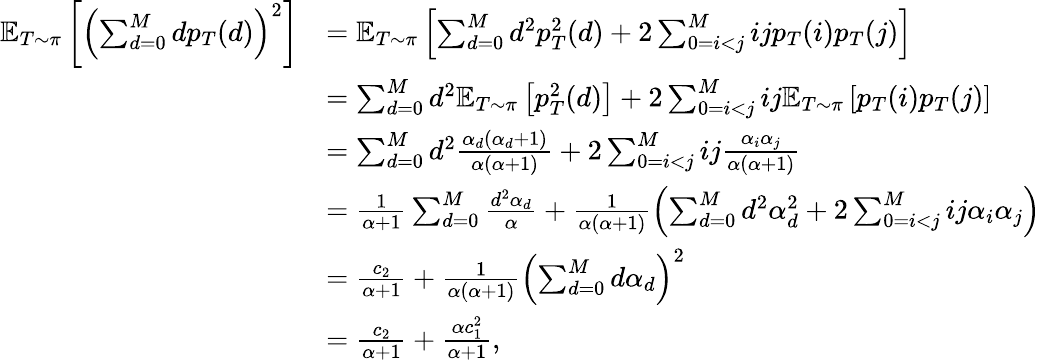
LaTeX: \begin{array}{rl}{\mathbb{E}_{T\sim\pi}\left[\left(\sum_{d=0}^{M}dp_{T}(d)\right)^{2}\right]}&{=\mathbb{E}_{T\sim\pi}\left[\sum_{d=0}^{M}d^{2}p_{T}^{2}(d)+2\sum_{0=i<j}^{M}ijp_{T}(i)p_{T}(j)\right]}\\ &{=\sum_{d=0}^{M}d^{2}\mathbb{E}_{T\sim\pi}\left[p_{T}^{2}(d)\right]+2\sum_{0=i<j}^{M}ij\mathbb{E}_{T\sim\pi}\left[p_{T}(i)p_{T}(j)\right]}\\ &{=\sum_{d=0}^{M}d^{2}\frac{\alpha_{d}\left(\alpha_{d}+1\right)}{\alpha\left(\alpha+1\right)}+2\sum_{0=i<j}^{M}ij\frac{\alpha_{i}\alpha_{j}}{\alpha\left(\alpha+1\right)}}\\ &{=\frac{1}{\alpha+1}\sum_{d=0}^{M}\frac{d^{2}\alpha_{d}}{\alpha}+\frac{1}{\alpha\left(\alpha+1\right)}\left(\sum_{d=0}^{M}d^{2}\alpha_{d}^{2}+2\sum_{0=i<j}^{M}ij\alpha_{i}\alpha_{j}\right)}\\ &{=\frac{c_{2}}{\alpha+1}+\frac{1}{\alpha\left(\alpha+1\right)}\left(\sum_{d=0}^{M}d\alpha_{d}\right)^{2}}\\ &{=\frac{c_{2}}{\alpha+1}+\frac{\alpha c_{1}^{2}}{\alpha+1},}\end{array}